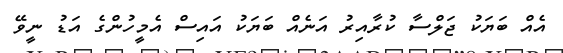
އެއް ބަޔަކު ޖަލްސާ ކުރާއިރު އަނެއް ބަޔަކު އައިސް އެމީހުންގެ އަޑު ނީވޭ